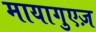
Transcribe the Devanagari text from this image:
मायागुएज़